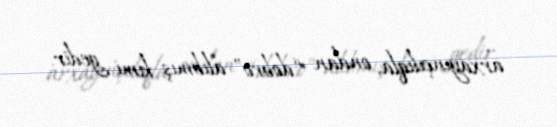
arxayınçılıqla, ondan “dobro” alıbmış kimi gedir.